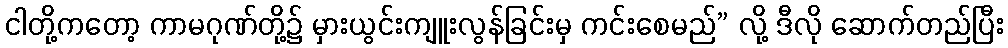
ငါတို့ကတော့ ကာမဂုဏ်တို့၌ မှားယွင်းကျူးလွန်ခြင်းမှ ကင်းစေမည်” လို့ ဒီလို ဆောက်တည်ပြီး